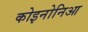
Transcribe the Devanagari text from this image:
कोइनोनिआ